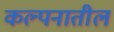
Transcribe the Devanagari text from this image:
कल्पनातील